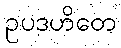
ဥပဒဟိတေ